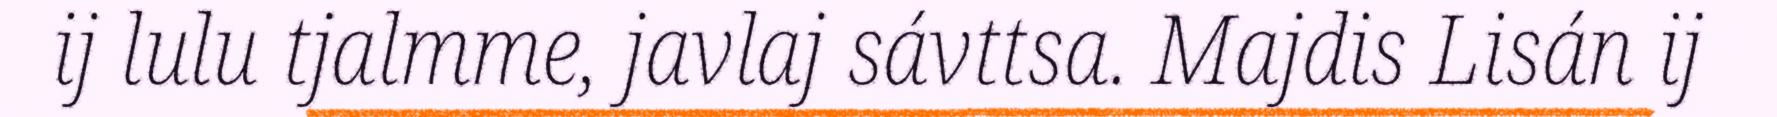
ij lulu tjalmme, javlaj sávttsa. Majdis Lisán ij